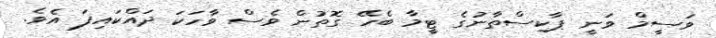
ވަސީމް ވަނީ ޕާކިސްތާނުގެ ޓީމާ ބެހޭ ގޮތުން ވެސް ވާހަކަ ދައްކައިފަ އެވެ.